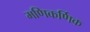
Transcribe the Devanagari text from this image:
मणिकर्णिक